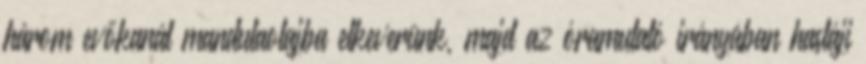
három evőkanál mandulaolajba elkeverünk, majd az óramutató irányában hastáji